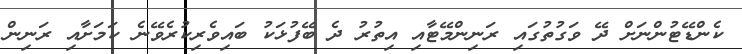
ކެންޑޭޓުންނަށް ދޭ ވަގުތުގައި ރަނިންމޭޓާއި އިތުރު ދެ ބޭފުޅަކު ބައިވެރިކުރެވޭނެ ކަމަށާއި ރަނިން